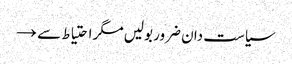
سیاست دان ضرور بولیں مگر احتیاط سے →